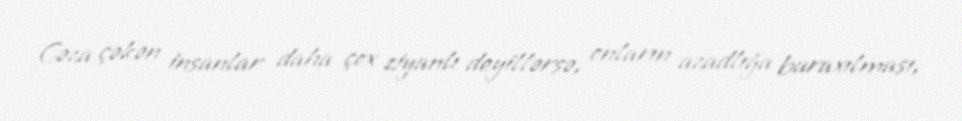
Cəza çəkən insanlar daha çox ziyanlı deyillərsə, onların azadlığa buraxılması,